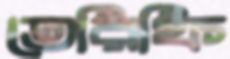
তেরিফি